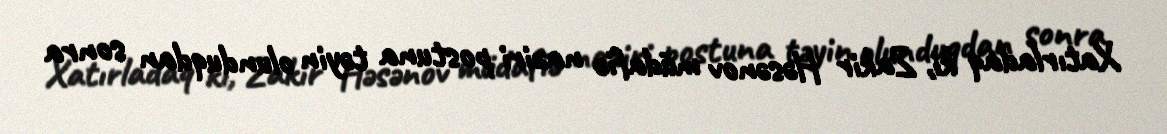
Xatırladaq ki, Zakir Həsənov müdafiə naziri postuna təyin olunduqdan sonra